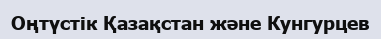
Оңтүстік Қазақстан және Кунгурцев